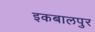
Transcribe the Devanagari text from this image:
इकबालपुर